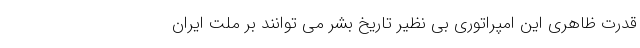
قدرت ظاهری این امپراتوری بی نظیر تاریخ بشر می توانند بر ملت ایران